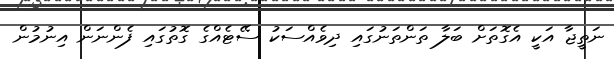
ނަތީޖާ އަކީ އެގޮތަށް ބަލާ ތަންތަނުގައި ދިވެއްސަކު ސޭޓެއްގެ ގޮތުގައި ފެންނަން އިނުމުން